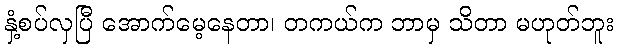
နှံ့စပ်လှပြီ အောက်မေ့နေတာ၊ တကယ်က ဘာမှ သိတာ မဟုတ်ဘူး